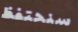
سنحتفظ